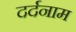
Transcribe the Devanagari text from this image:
दर्दनाम